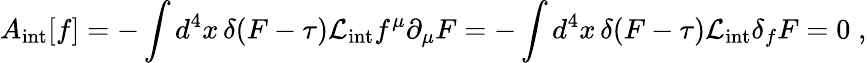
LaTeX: A_{\mathrm{int}}[f]=-\int d^{4}x\, \delta(F-\tau)\mathcal{L}_{\mathrm{int}}f^{\mu}\partial_{\mu}F=-\int d^{4}x\, \delta(F-\tau)\mathcal{L}_{\mathrm{int}}\delta_{f}F=0\; ,